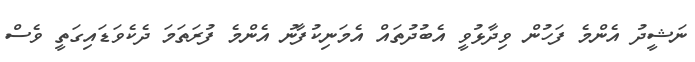
ނަޝީދު އެންމެ ފަހުން ވިދާޅުވީ އެބުދުތައް އެމަނިކުފާނު އެންމެ ފުރަތަމަ ދެކެވަޑައިގަތީ ވެސް